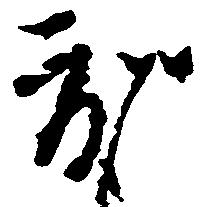
度